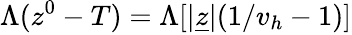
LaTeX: \Lambda(z^{0}-T)=\Lambda[\vert\underline{{z}}\vert(1/v_{h}-1)]